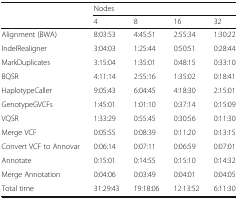
<table><thead><tr><td></td><td colspan="4"><b>Nodes</b></td></tr><tr><td></td><td><b>4</b></td><td><b>8</b></td><td><b>16</b></td><td><b>32</b></td></tr></thead><tbody><tr><td>Alignment (BWA)</td><td>8:03:53</td><td>4:45:51</td><td>2:55:34</td><td>1:30:22</td></tr><tr><td>IndelRealigner</td><td>3:04:03</td><td>1:25:44</td><td>0:50:51</td><td>0:28:44</td></tr><tr><td>MarkDuplicates</td><td>3:15:04</td><td>1:35:01</td><td>0:48:15</td><td>0:33:10</td></tr><tr><td>BQSR</td><td>4:11:14</td><td>2:55:16</td><td>1:35:02</td><td>0:18:41</td></tr><tr><td>HaplotypeCaller</td><td>9:05:43</td><td>6:04:45</td><td>4:18:30</td><td>2:15:01</td></tr><tr><td>GenotypeGVCFs</td><td>1:45:01</td><td>1:01:10</td><td>0:37:14</td><td>0:15:09</td></tr><tr><td>VQSR</td><td>1:33:29</td><td>0:55:45</td><td>0:30:56</td><td>0:11:30</td></tr><tr><td>Merge VCF</td><td>0:05:55</td><td>0:08:39</td><td>0:11:20</td><td>0:13:15</td></tr><tr><td>Convert VCF to Annovar</td><td>0:06:14</td><td>0:07:11</td><td>0:06:59</td><td>0:07:01</td></tr><tr><td>Annotate</td><td>0:15:01</td><td>0:14:55</td><td>0:15:10</td><td>0:14:32</td></tr><tr><td>Merge Annotation</td><td>0:04:06</td><td>0:03:49</td><td>0:04:01</td><td>0:04:05</td></tr><tr><td>Total time</td><td>31:29:43</td><td>19:18:06</td><td>12:13:52</td><td>6:11:30</td></tr></tbody></table>